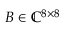
B \in \mathbb { C } ^ { 8 \times 8 }